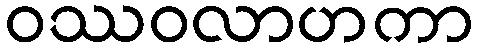
ဝဿဝလာဟကာ